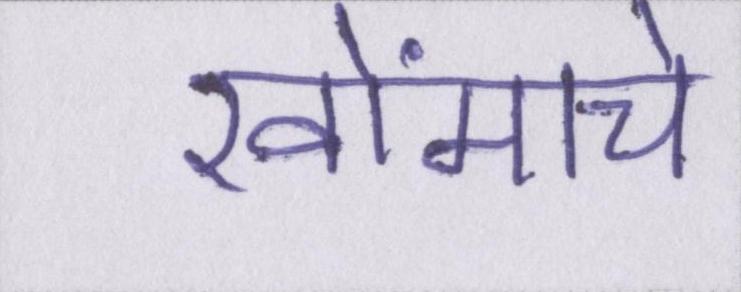
खोंमचे